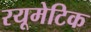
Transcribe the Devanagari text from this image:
रयूमेटिक